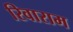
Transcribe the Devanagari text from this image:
रिवाराम